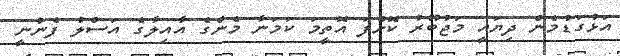
އަޅުގަޑުމެން ދިޔައީ މަޖުބޫރު ކޮށްފަ އޮތީމަ ކަމަނާ މެންގެ އާއިލާގެ އަސްލު ފެނުނީ